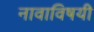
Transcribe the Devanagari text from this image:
नावाविषयी